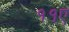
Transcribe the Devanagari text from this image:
११ए